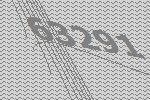
63291